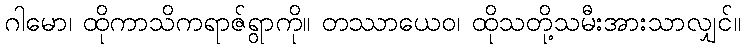
ဂါမော၊ ထိုကာသိကရာဇ်ရွာကို။ တဿာယေဝ၊ ထိုသတို့သမီးအားသာလျှင်။